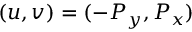
( u , v ) = ( - P _ { y } , P _ { x } )